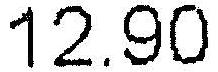
12.90